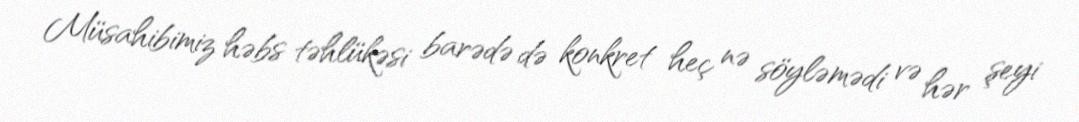
Müsahibimiz həbs təhlükəsi barədə də konkret heç nə söyləmədi və hər şeyi